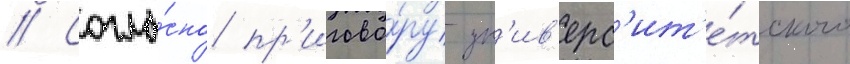
// Согла́сно пр'игово́ру ун'ив'ерс'ит'е́тского